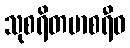
သုစရိတမာစရီဓ